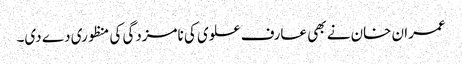
عمران خان نے بھی عارف علوی کی نامزدگی کی منظوری دے دی۔